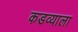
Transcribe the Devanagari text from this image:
कडव्याला